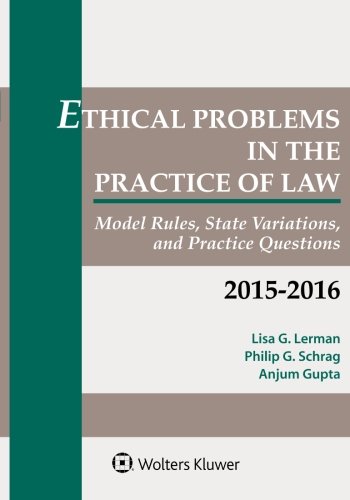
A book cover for Ethical Problems in the Practice of Law: Model Rules, State Variations, and Practice Questions; Lisa G. Lerman; Law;